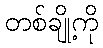
တစ်ချို့ကို